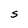
Character: S